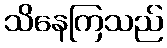
သိနေကြသည်